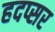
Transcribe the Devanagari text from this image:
हदप्सर